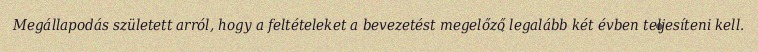
Megállapodás született arról, hogy a feltételeket a bevezetést megelőző legalább két évben teljesíteni kell.